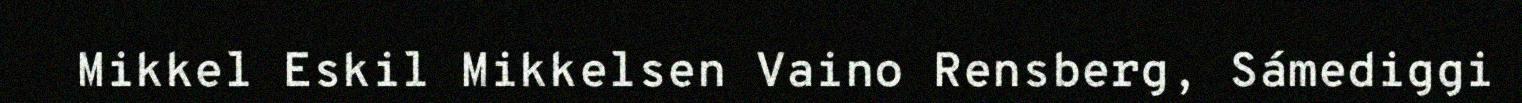
Mikkel Eskil Mikkelsen Vaino Rensberg, Sámediggi